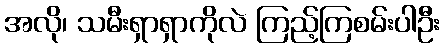
အလို၊ သမီးရှာရှာကိုလဲ ကြည့်ကြစမ်းပါဦး